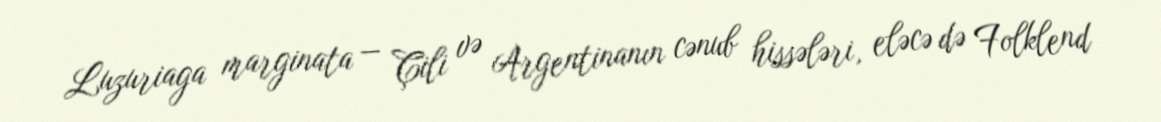
Luzuriaga marginata — Çili və Argentinanın cənub hissələri, eləcə də Folklend